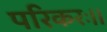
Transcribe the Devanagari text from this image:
परिकरः।।